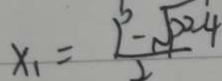
x _ { 1 } = \frac { 1 ^ { 5 } - \sqrt { p ^ { 2 } - 4 } } { 2 }